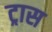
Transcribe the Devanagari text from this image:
ट्रास